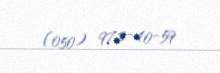
(050) 972-40-59